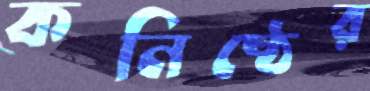
কনিষ্ঠের